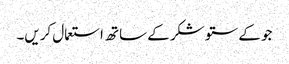
جو کے ستو شکر کے ساتھ استعمال کریں۔